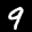
Label: 9